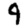
Digit: 9